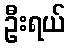
ဦးရယ်